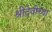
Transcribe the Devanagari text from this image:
श्रीदेवीच्या